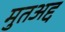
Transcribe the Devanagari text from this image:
मुतअद्द